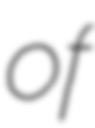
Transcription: of